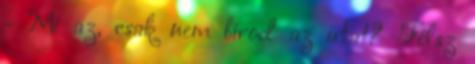
- Mi az, csak nem bírod az utat? Félsz